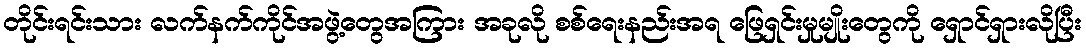
တိုင်းရင်းသား လက်နက်ကိုင်အဖွဲ့တွေအကြား အခုလို စစ်ရေးနည်းအရ ဖြေရှင်းမှုမျိုးတွေကို ရှောင်ရှားလိုပြီး